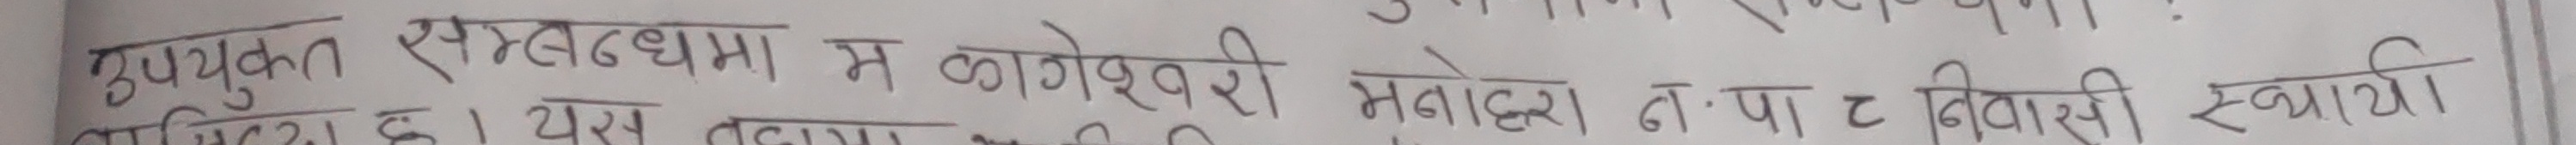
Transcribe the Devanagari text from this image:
उपयुक्त सम्बन्धमा म कोषेश्वरी मनोहरा न. पा. ट निवासी स्थायी।